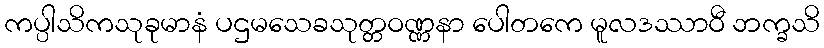
ကပ္ပါသိကသုခုမာနံ ပဌမသေခသုတ္တဝဏ္ဏနာ ပေါတကေ မူလဒဿာဝီ ဘက္ခသိ